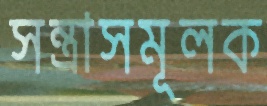
সন্ত্রাসমূলক